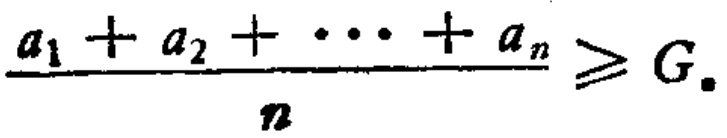
\frac{a_{1} + a_{2} + \cdots + a_{n}}{n} \geqslant G.